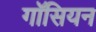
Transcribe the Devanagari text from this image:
गॉसियन